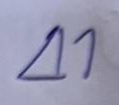
41